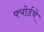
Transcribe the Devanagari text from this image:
फ्योर्डचे